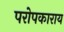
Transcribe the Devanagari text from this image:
परोपकाराय